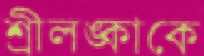
শ্রীলঙ্কাকে